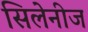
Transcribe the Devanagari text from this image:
सिलेनीज